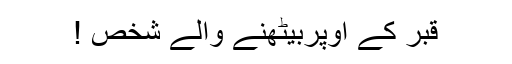
قبر کے اُوپربیٹھنے والے شخص !